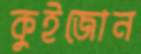
কুইজোন